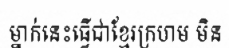
ម្នាក់នេះធ្វើជាខ្មែរក្រហម មិន